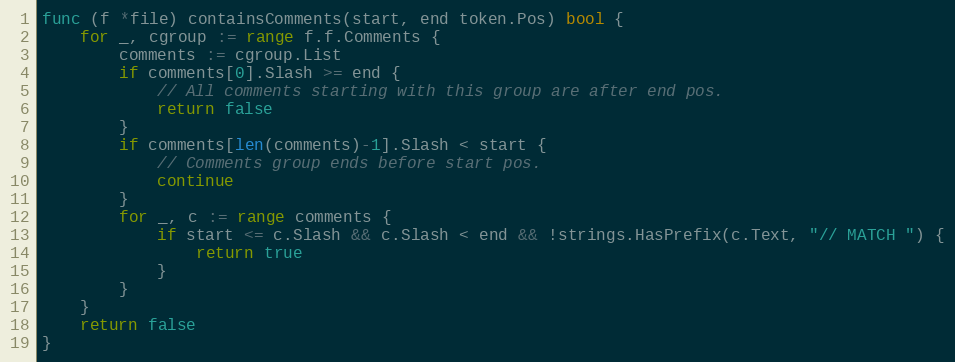
Language: Go
func (f *file) containsComments(start, end token.Pos) bool {
	for _, cgroup := range f.f.Comments {
		comments := cgroup.List
		if comments[0].Slash >= end {
			// All comments starting with this group are after end pos.
			return false
		}
		if comments[len(comments)-1].Slash < start {
			// Comments group ends before start pos.
			continue
		}
		for _, c := range comments {
			if start <= c.Slash && c.Slash < end && !strings.HasPrefix(c.Text, "// MATCH ") {
				return true
			}
		}
	}
	return false
}